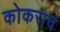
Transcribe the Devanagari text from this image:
कोकराचं